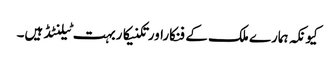
کیونکہ ہمارے ملک کے فنکاراورتکنیکاربہت ٹیلنٹڈ ہیں۔